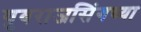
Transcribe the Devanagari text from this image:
युवराजसिंगच्या